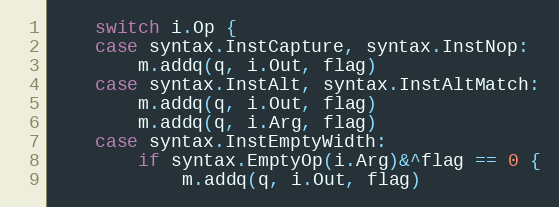
Language: Go
	switch i.Op {
	case syntax.InstCapture, syntax.InstNop:
		m.addq(q, i.Out, flag)
	case syntax.InstAlt, syntax.InstAltMatch:
		m.addq(q, i.Out, flag)
		m.addq(q, i.Arg, flag)
	case syntax.InstEmptyWidth:
		if syntax.EmptyOp(i.Arg)&^flag == 0 {
			m.addq(q, i.Out, flag)